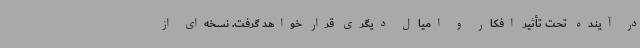
در آینده تحت تأثیر افکار و امیال دیگری قرار خواهد گرفت. نسخه‌ای از